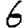
Digit: 6